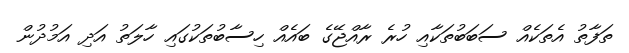
ތަފާތު އެތަކެއް ސަބަބުތަކާއި ހުރެ ރާއްޖޭގެ ބައެއް ހިސާބުތަކުގައި ހާލަތު އަދި އަމުދުން